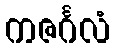
ကဇင်္ဂလံ